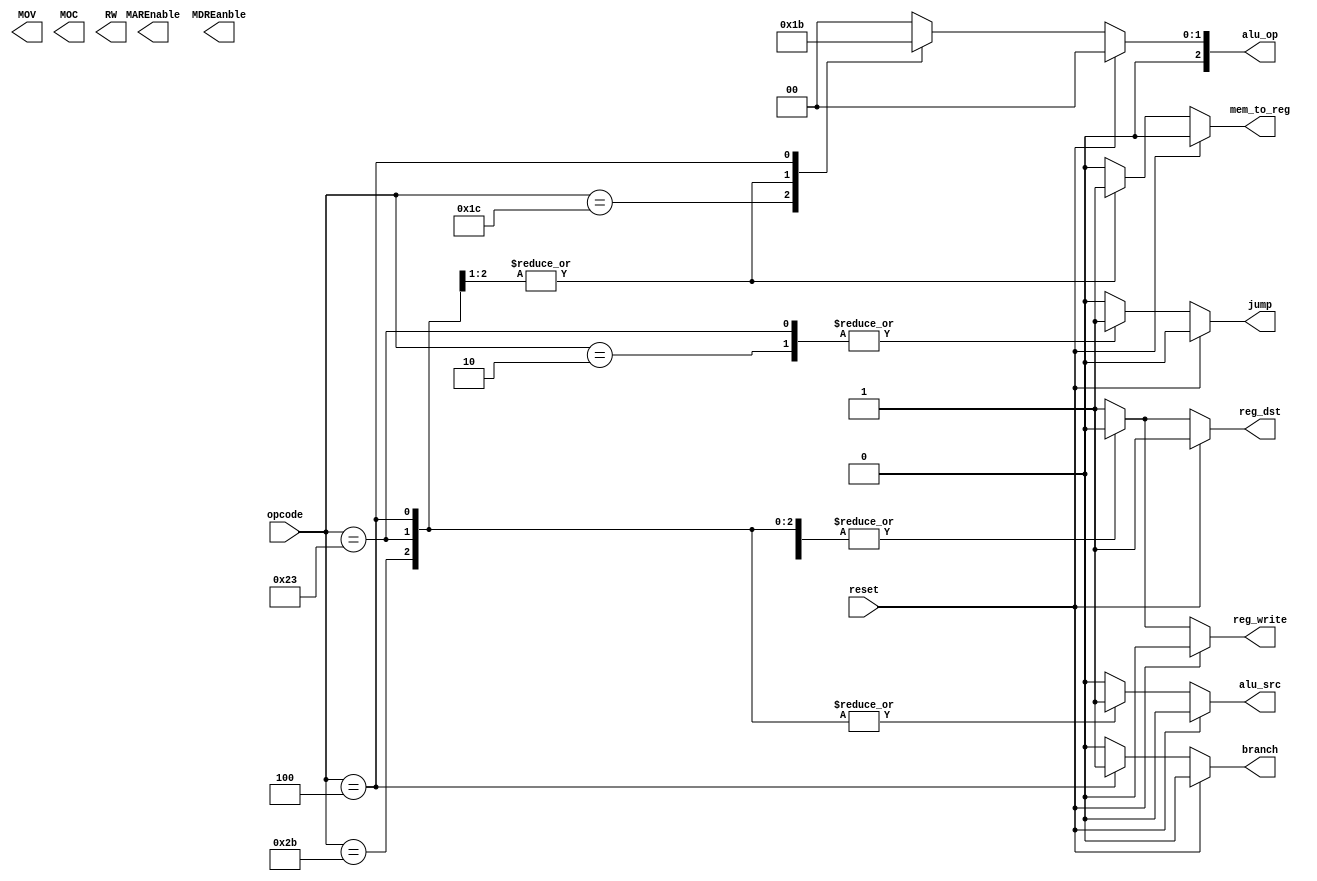
module control( 
  input[5:0] opcode,  
  input reset,  
  output reg reg_dst,mem_to_reg,
  output reg[2:0] alu_op,
  output reg MOV, MOC, MAREnable, MDREanble, jump, branch, RW, alu_src, reg_write                     
   );  

 always @(*)  
 begin  
      if(reset == 1'b1) begin // no Op 
                reg_dst = 1;  
                mem_to_reg = 0;  
                alu_op = 2'b00;  
                jump = 0;  
                branch = 0;  
                mem_read = 0;  
                mem_write = 0;  
                alu_src = 0;  
                reg_write = 0;  
      end  
      else begin  
      case(opcode)   
      6'b000000: begin // ADD, ADDU, SUB, SUBU, SLT, SLTU, AND, OR, NOR, SLL, SLLV, SRL, SRLV, SRA
                reg_dst = 1;  
                mem_to_reg = 0;  
                alu_op = 2'b00;  
                jump = 0;  
                branch = 0;  
                mem_read_write = 0;   
                alu_src = 0;  
                reg_write = 1;   
                end  
      6'b011100: begin // CLO, CLZ
                reg_dst = 1;  
                mem_to_reg = 0;  
                alu_op = 2'b01;  
                jump = 0;  
                branch = 0;  
                mem_read_write = 0;   
                alu_src = 0;  
                reg_write = 1;  
                end  
      6'b000010: begin // JMP 
                reg_dst = 0;  
                mem_to_reg = 0;  
                alu_op = 2'b00;  
                jump = 1;  
                branch = 0;  
                mem_read_write = 0;   
                alu_src = 0;  
                reg_write = 0;  
                end 

      6'b101011: begin // SW 
                reg_dst = 0;  
                mem_to_reg = 1;  
                alu_op = 2'b10;  
                jump = 0;  
                branch = 0;  
                mem_read_write = 0;   
                alu_src = 1;  
                reg_write = 0;  
                end

      6'b100011: begin // LW 
                reg_dst = 0;  
                mem_to_reg = 1;  
                alu_op = 2'b10;  
                jump = 1;  
                branch = 0;  
                mem_read_write = 1;   
                alu_src = 1;  
                reg_write = 0;  
                end

      6'b000100: begin // BEQ
                reg_dst = 0;  
                mem_to_reg = 0;  
                alu_op = 2'b11;  
                jump = 0;  
                branch = 1;  
                mem_read_write = 0;   
                alu_src = 1;  
                reg_write = 0;  
                end

      default: begin  
                reg_dst = 2'b01;  
                mem_to_reg = 2'b00;  
                alu_op = 2'b00;  
                jump = 1'b0;  
                branch = 1'b0;  
                mem_read = 1'b0;  
                mem_write = 1'b0;  
                alu_src = 1'b0;  
                reg_write = 1'b1;  
                sign_or_zero = 1'b1;  
                end  
      endcase  
      end  
 end  
 endmodule